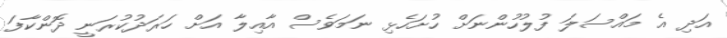
އަދި އެ މައްސަލަ ފުލުހުންނަށް ހުށަހެޅި ނަމަވެސް އާއިލާ އަށް ހަރަދުކުރަނީ ދޮންކާފަ